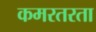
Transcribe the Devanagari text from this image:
कमरतरता